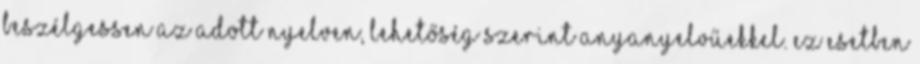
beszélgessen az adott nyelven, lehetőség szerint anyanyelvűekkel. Ez esetben